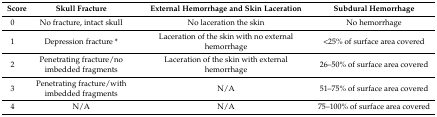
| Score | Skull Fracture | External Hemorrhage and Skin Laceration | Subdural Hemorrhage |
 | --- | --- | --- | --- |
 | 0 | No fracture, intact skull | No laceration the skin | No hemorrhage |
 | 1 | Depression fracture * | Laceration of the skin with no external hemorrhage | <25% of surface area covered |
 | 2 | Penetrating fracture/no imbedded fragments | Laceration of the skin with external hemorrhage | 26–50% of surface area covered |
 | 3 | Penetrating fracture/with imbedded fragments | N/A | 51–75% of surface area covered |
 | 4 | N/A | N/A | 75–100% of surface area covered |